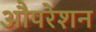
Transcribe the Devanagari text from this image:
औपरेशन